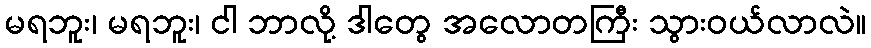
မရဘူး၊ မရဘူး၊ ငါ ဘာလို့ ဒါတွေ အလောတကြီး သွားဝယ်လာလဲ။